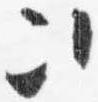
次